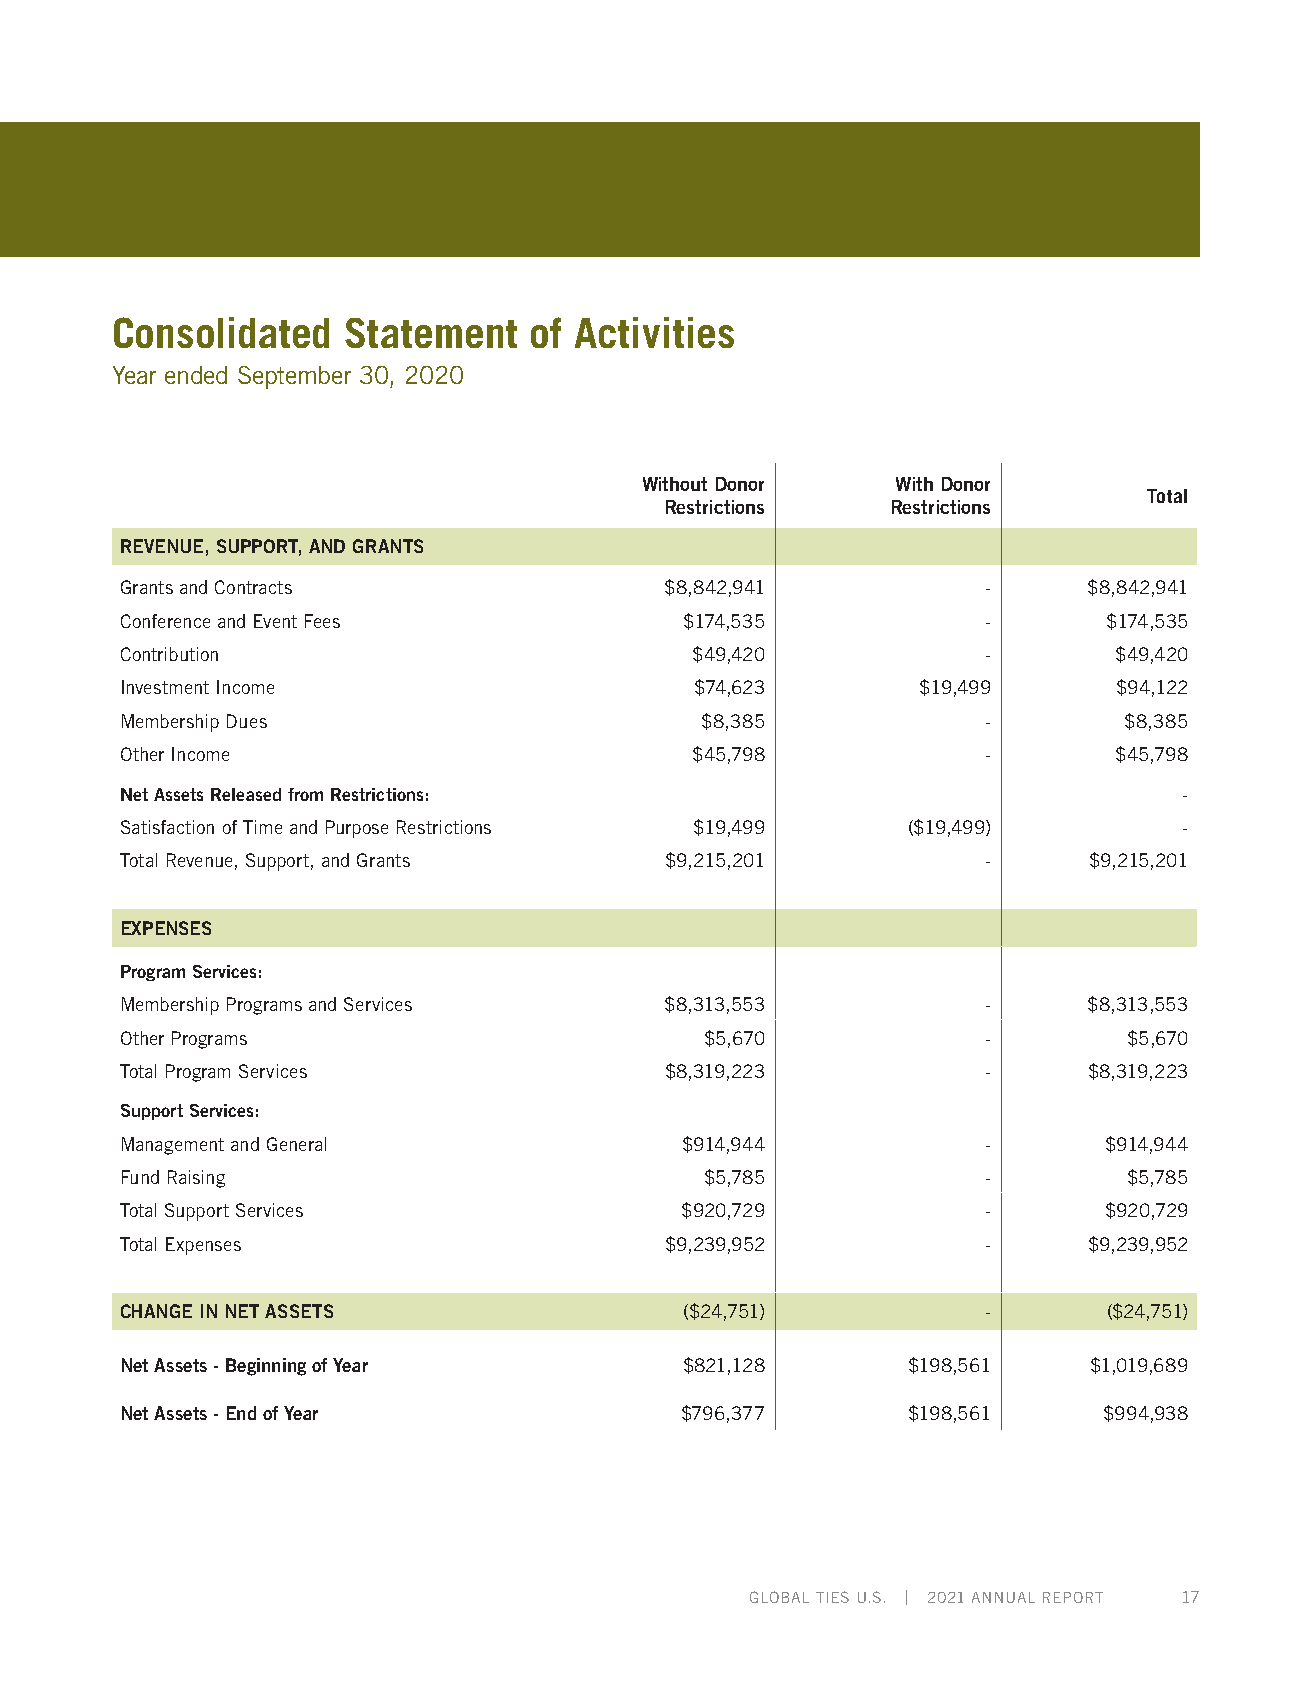
Consolidated    Statement   of Activities
 Year ended September 30, 2020
 Without Donor    With Donor
 Total
 Restrictions   Restrictions
 REVENUE, SUPPORT, AND GRANTS
 Grants and Contracts                $8,842,941           -      $8,842,941
 Conference and Event Fees            $174,535            -       $174,535
 Contribution                          $49,420            -        $49,420
 Investment Income                     $74,623        $19,499      $94,122
 Membership Dues                       $8,385             -        $8,385
 Other Income                          $45,798            -        $45,798
 Net Assets Released from Restrictions:                                -
 Satisfaction of Time and Purpose Restrictions $19,499 ($19,499)       -
 Total Revenue, Support, and Grants  $9,215,201           -      $9,215,201
 EXPENSES
 Program Services:
 Membership Programs and Services    $8,313,553           -      $8,313,553
 Other Programs                         $5,670            -         $5,670
 Total Program Services              $8,319,223           -      $8,319,223
 Support Services:
 Management and General               $914,944            -       $914,944
 Fund Raising                           $5,785            -         $5,785
 Total Support Services               $920,729            -       $920,729
 Total Expenses                      $9,239,952           -      $9,239,952
 CHANGE IN NET ASSETS                 ($24,751)           -       ($24,751)
 Net Assets - Beginning of Year       $821,128       $198,561    $1,019,689
 Net Assets - End of Year             $796,377       $198,561     $994,938
 GLOBAL TIES U.S. | 2021 ANNUAL REPORT 17